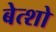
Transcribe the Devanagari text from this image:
बेत्शो